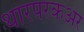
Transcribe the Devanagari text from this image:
थारपरकअर